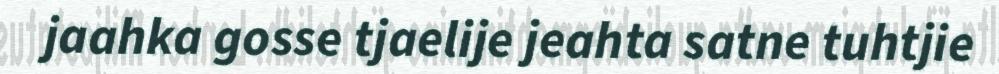
jaahka gosse tjaelije jeahta satne tuhtjie